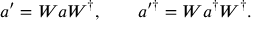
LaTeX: a ^ { \prime } = W a W ^ { \dagger } , \qquad a ^ { \prime \dagger } = W a ^ { \dagger } W ^ { \dagger } .